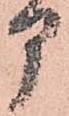
部